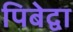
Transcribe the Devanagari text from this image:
पिबेद्वा